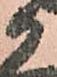
候